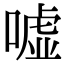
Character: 嘘